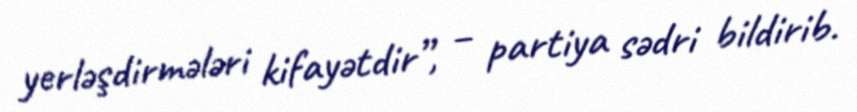
yerləşdirmələri kifayətdir”, – partiya sədri bildirib.